Indian journal of veterinary science and animal husbandry - Volume 14,
Year: 1944
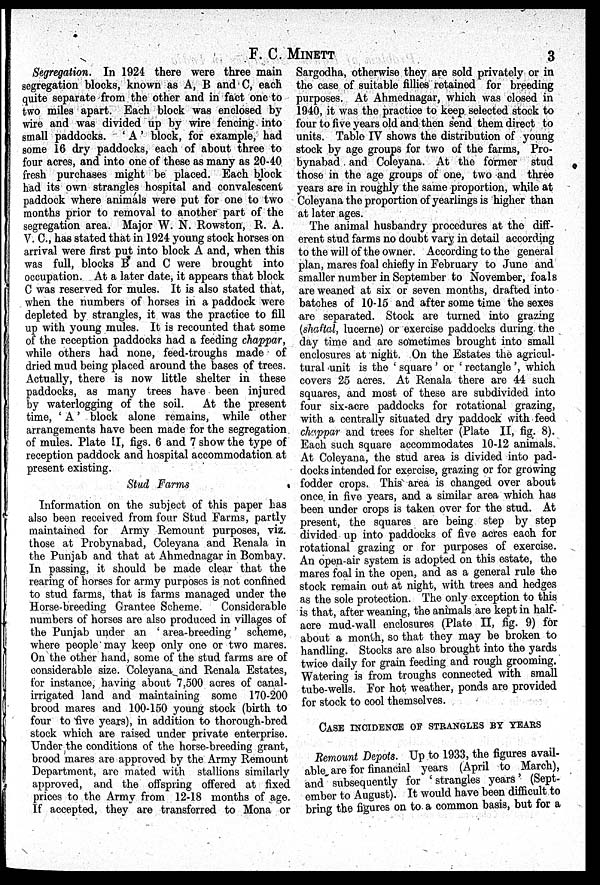
F. C. MINETT
3
Segregation. In 1924 there were three main
segregation blocks, known as A, B and C, each
quite separate from the other and in fact one to
two miles apart. Each block was enclosed by
wire and was divided up by wire fencing into
small paddocks. 'A' block, for example, had
some 16 dry paddocks, each of about three to
four acres, and into one of these as many as 20-40
fresh purchases might be placed. Each block
had its own strangles hospital and convalescent
paddock where animals were put for one to two
months prior to removal to another part of the
segregation area. Major W. N. Rowston, R. A.
V. C., has stated that in 1924 young stock horses on
arrival were first put into block A and, when this
was full, blocks B and C were brought into
occupation. At a later date, it appears that block
C was reserved for mules. It is also stated that,
when the numbers of horses in a paddock were
depleted by strangles, it was the practice to fill
up with young mules. It is recounted that some
of the reception paddocks had a feeding chappar,
while others had none, feed-troughs made of
dried mud being placed around the bases of trees.
Actually, there is now little shelter in these
paddocks, as many trees have been injured
by waterlogging of the soil.
At the present
time, 'A' block alone remains, while other
arrangements have been made for the segregation
of mules. Plate [I, figs. 6 and 7 show the type of
reception paddock and hospital accommodation at
present existing.
Stud Farms
Information on the subject of this paper has
also been received from four Stud Farms, partly
maintained for Army Remount purposes, viz.
those at Probynabad, Coleyana and Renala in
the Punjab and that at Ahmednagar in Bombay.
In passing, it should be made clear that the
rearing of horses for army purposes is not confined
to stud farms, that is farms managed under the
Horse-breeding Grantee Scheme.
Considerable
numbers of horses are also produced in villages of
the Punjab under an 'area-breeding' scheme,
where people may keep only one or two mares.
On the other hand, some of the stud farms are of
considerable size. Coleyana and Renala Estates,
for instance, having about 7,500 acres of canal-
irrigated land and maintaining some 170-200
brood mares and 100-150 young stock (birth to
four to five years), in addition to thorough-bred
stock which are raised under private enterprise.
Under the conditions of the horse-breeding grant,
brood mares are approved by the Army Remount
Department, are mated with stallions similarly
approved, and the offspring offered at fixed
prices to the Army from 12-18 months of age.
If accepted, they are transferred to Mona or
Sargodha, otherwise they are sold privately or in
the case of suitable fillies retained for breeding
purposes. At Ahmednagar, which was closed in
1940, it was the practice to keep selected stock to
four to five years old and then send them direct to
units. Table IV shows the distribution of young
stock by age groups for two of the farms, Pro-
bynabad and Coleyana. At the former stud
those in the age groups of one, two and three
years are in roughly the same proportion, while at
Coleyana the proportion of yearlings is higher than
at later ages.
The animal husbandry procedures at the diff-
erent stud farms no doubt vary in detail according
to the will of the owner. According to the general
plan, mares foal chiefly in February to June and
smaller number in September to November, foals
are weaned at six or seven months, drafted into
batches of 10-15 and after some time the sexes
are separated. Stock are turned into grazing
(shaftal, lucerne) or exercise paddocks during the
day time and are sometimes brought into small
enclosures at night. On the Estates the agricul-
tural unit is the 'square' or 'rectangle', which
covers 25 acres. At Renala there are 44 such
squares, and most of these are subdivided into
four six-acre paddocks for rotational grazing,
with a centrally situated dry paddock with feed
chappar and trees for shelter (Plate II, fig. 8).
Each such square accommodates 10-12 animals.
At Coleyana, the stud area is divided into pad-
docks intended for exercise, grazing or for growing
fodder crops. This area is changed over about
once in five years, and a similar area which has
been under crops is taken over for the stud. At
present, the squares are being step by step
divided up into paddocks of five acres each for
rotational grazing or for purposes of exercise.
An open-air system is adopted on this estate, the
mares foal in the open, and as a general rule the
stock remain out at night, with trees and hedges
as the sole protection. The only exception to this
is that, after weaning, the animals are kept in half-
acre mud-wall enclosures (Plate II, fig. 9) for
about a month, so that they may be broken to
handling. Stocks are also brought into the yards
twice daily for grain feeding and rough grooming.
Watering is from troughs connected with small
tube-wells. For hot weather, ponds are provided
for stock to cool themselves.
CASE INCIDENCE OF STRANGLES BY YEARS
Remount Depots. Up to 1933, the figures avail-
able are for financial years (April to March),
and subsequently for 'strangles years' (Sept-
ember to August). It would have been difficult to
bring the figures on to a common basis, but for a